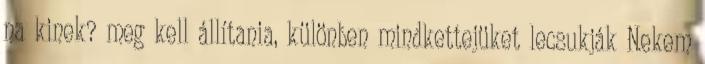
na kinek? meg kell állítania, különben mindkettejüket lecsukják Nekem